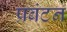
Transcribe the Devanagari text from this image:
प्रबंटन